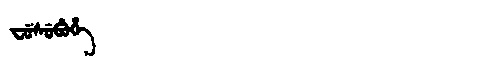
Manchu: ᠸᡠᠰᡠᠪᡠᡥᡝ
Romanization: FUSUBUHE